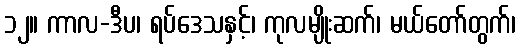
၁၂။ ကာလ-ဒီပ၊ ရပ်ဒေသနှင့်၊ ကုလမျိုးဆက်၊ မယ်တော်တွက်၊